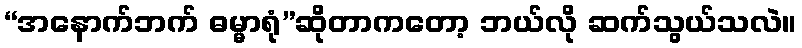
“အနောက်ဘက် ဓမ္မာရုံ”ဆိုတာကတော့ ဘယ်လို ဆက်သွယ်သလဲ။